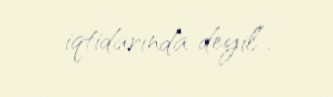
iqtidarında deyil”.